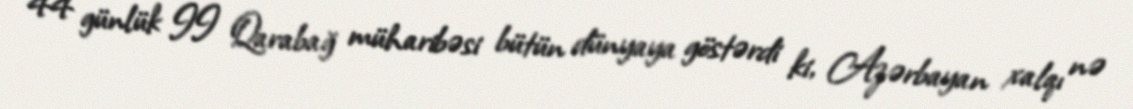
44 günlük II Qarabağ müharibəsi bütün dünyaya göstərdi ki, Azərbayan xalqı nə